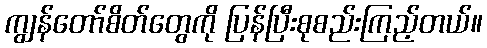
ကျွန်တော်စိတ်တွေကို ပြန်ပြီးစုစည်းကြည့်တယ်။